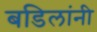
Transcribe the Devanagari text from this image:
बडिलांनी